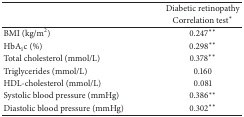
<table><thead><tr><td><b> </b></td><td><b>Diabetic retinopathy</b></td></tr><tr><td><b> </b></td><td><b>Correlation test*</b></td></tr></thead><tbody><tr><td>BMI (kg/m<sup>2</sup>) </td><td>0.247**</td></tr><tr><td>HbA<sub>1</sub>c (%) </td><td>0.298**</td></tr><tr><td>Total cholesterol (mmol/L) </td><td>0.378**</td></tr><tr><td>Triglycerides (mmol/L) </td><td>0.160</td></tr><tr><td>HDL-cholesterol (mmol/L) </td><td>0.081</td></tr><tr><td>Systolic blood pressure (mmHg) </td><td>0.386**</td></tr><tr><td>Diastolic blood pressure (mmHg) </td><td>0.302**</td></tr></tbody></table>